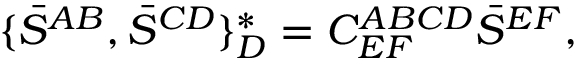
\{ \bar { S } ^ { A B } , \bar { S } ^ { C D } \} _ { D } ^ { \ast } = C _ { E F } ^ { A B C D } \bar { S } ^ { E F } ,